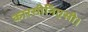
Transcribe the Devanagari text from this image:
कारसीनिएसी।